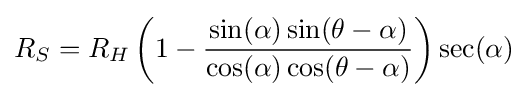
R_{S}=R_{H}\left(1-{\frac {\sin(\alpha )\sin(\theta -\alpha )}{\cos(\alpha )\cos(\theta -\alpha )}}\right)\sec(\alpha )